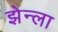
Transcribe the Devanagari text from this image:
झेन्ला